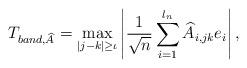
LaTeX: \begin{align*}T_{band,\widehat{A}}=\max_{|j-k|\geq \iota}\left|\frac{1}{\sqrt{n}}\sum^{l_n}_{i=1}\widehat{A}_{i,jk}e_i\right|,\end{align*}